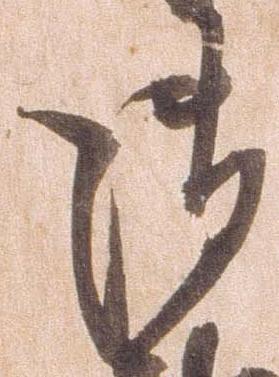
御